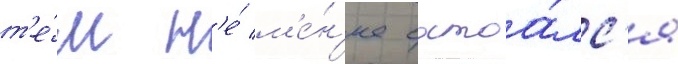
т'е́м н'е́ м'е́н'ее состоа́лс'я